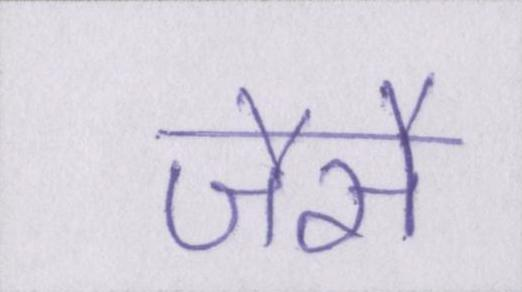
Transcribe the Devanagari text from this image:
जैसै